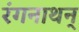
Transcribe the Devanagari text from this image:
रंगनाथन्‌